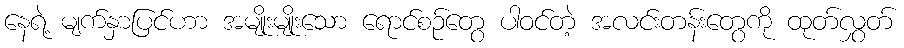
နေရဲ့ မျက်နှာပြင်ဟာ အမျိုးမျိုးသော ရောင်စဉ်တွေ ပါဝင်တဲ့ အလင်းတန်းတွေကို ထုတ်လွှတ်